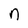
Character: n